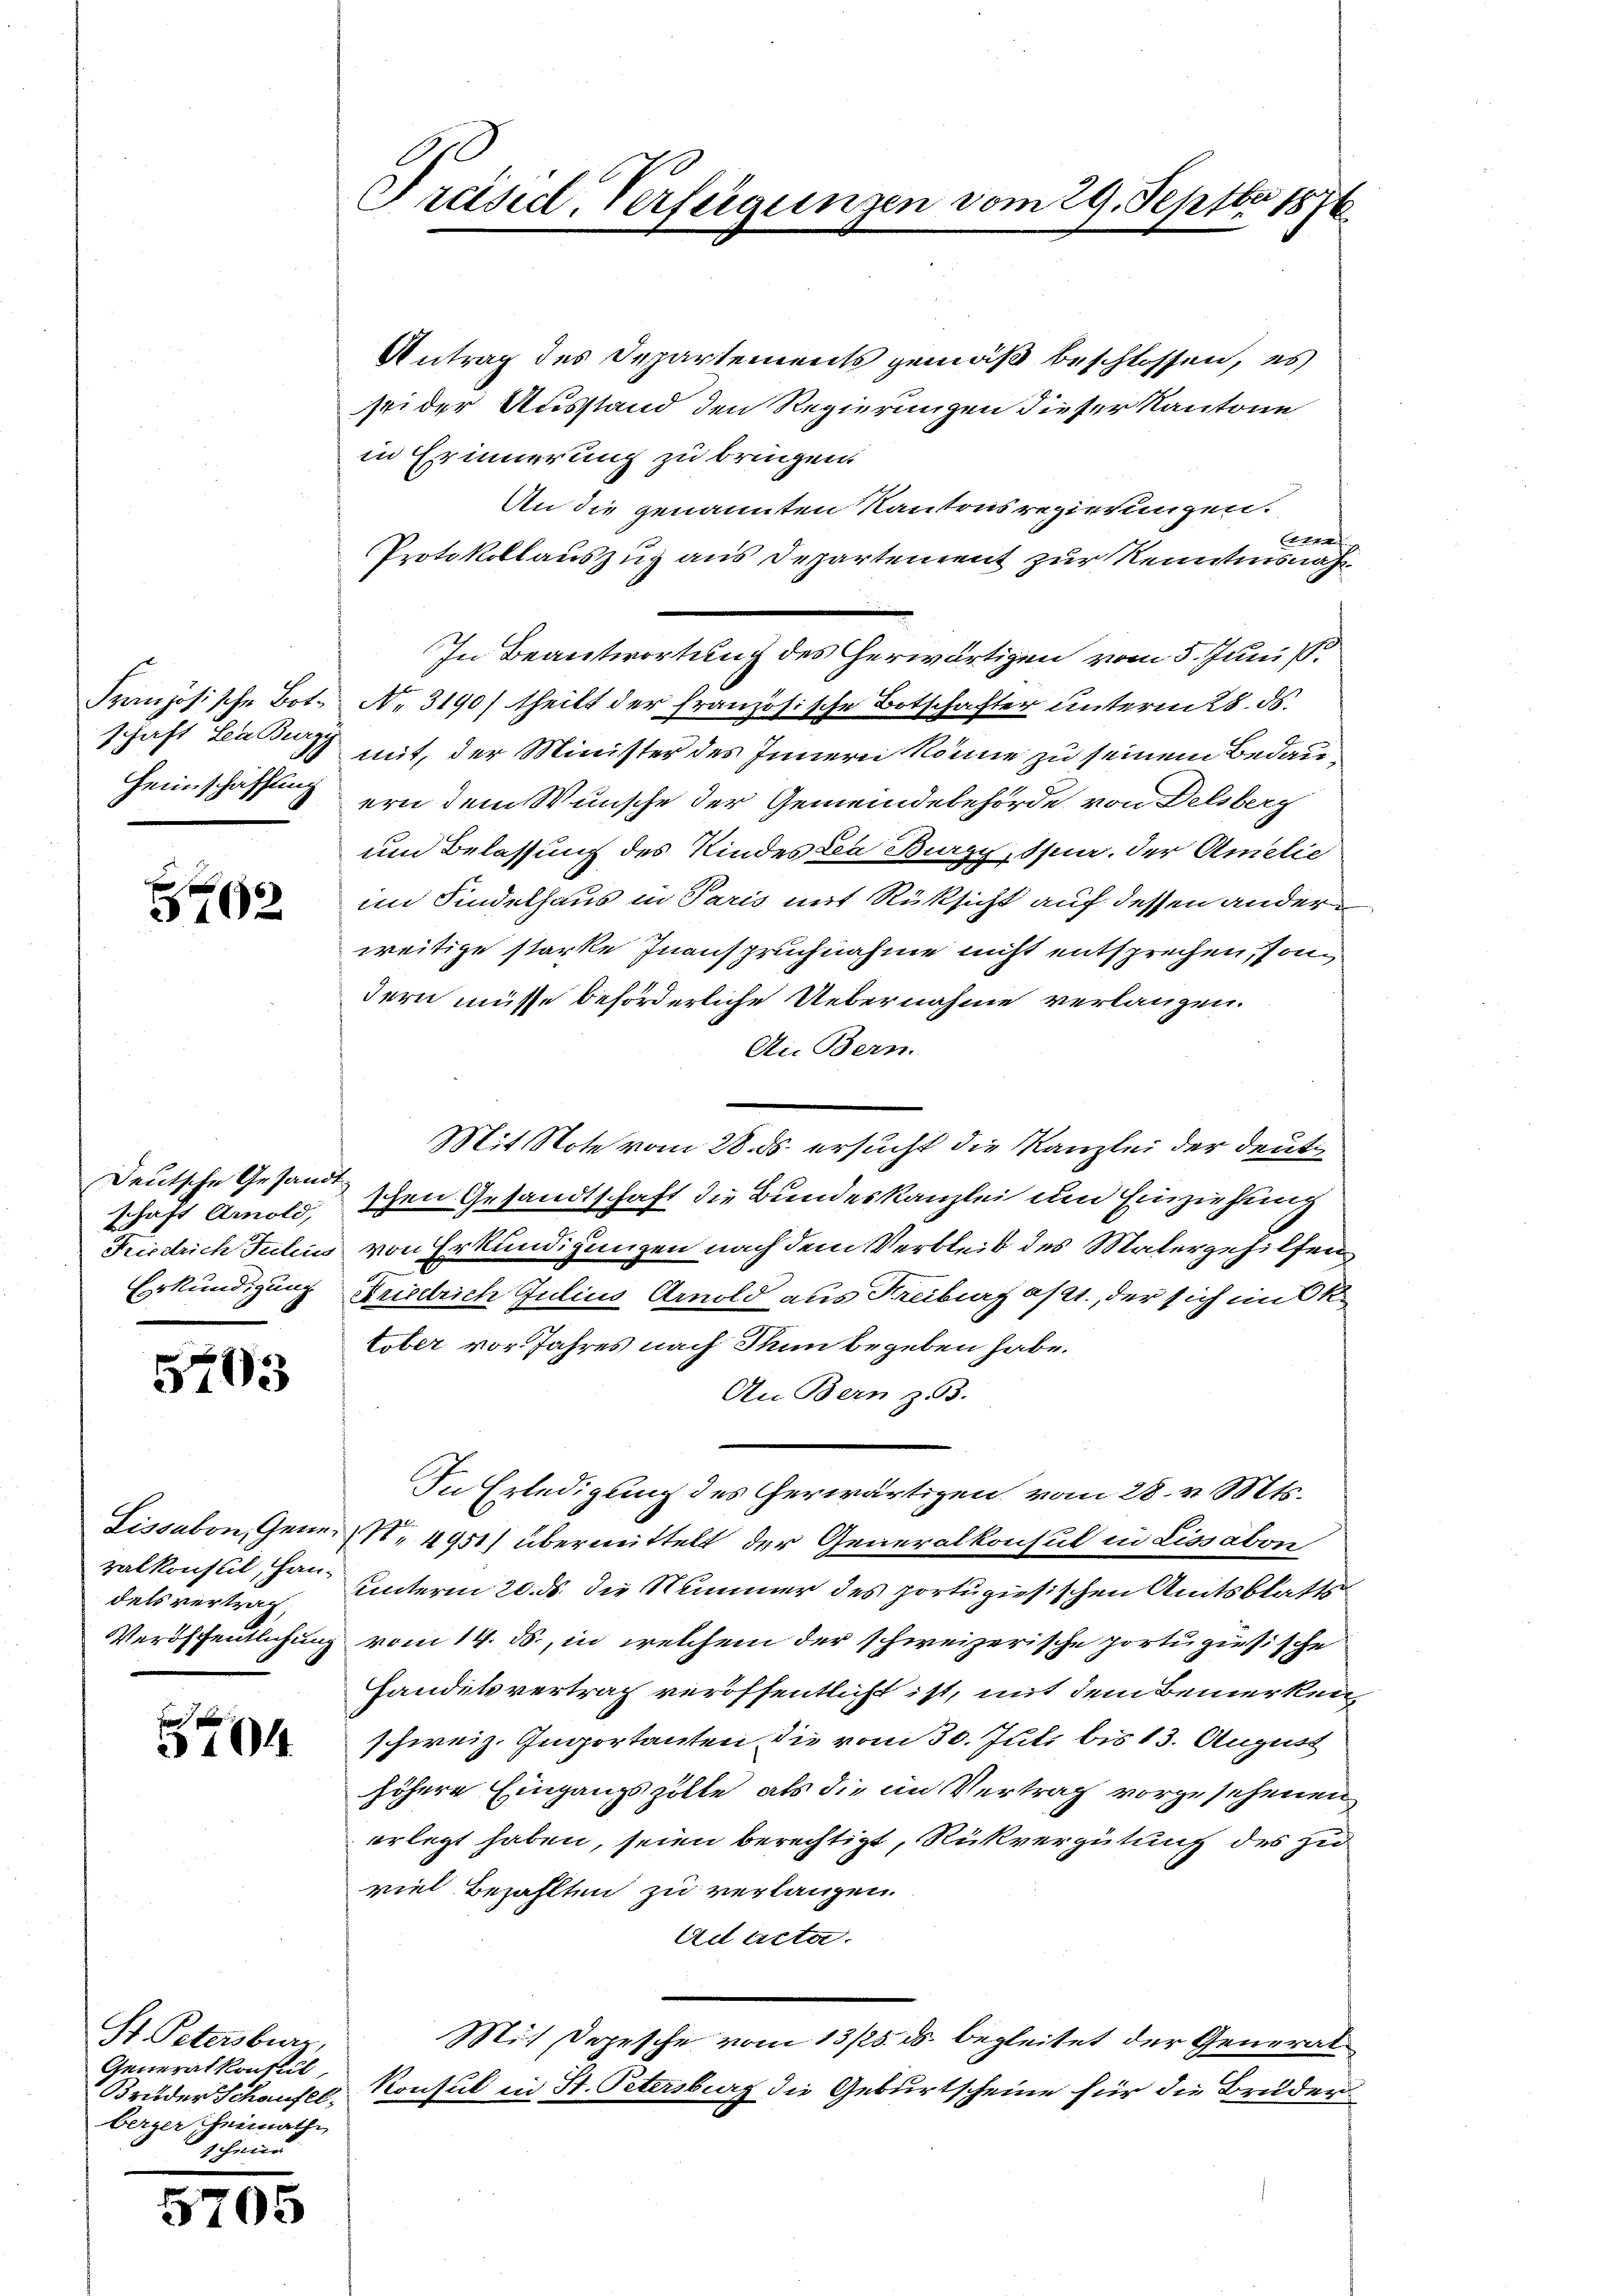
Französische Botschaft Lea Burzy
Heimschaffling

B762

Deutsche Gesandt
schaft Arnold,
Erkundigung

5703

Lissabon, Generalkonseil, Han-
dels vertrag,

f
.

St. Petersburg,
Generalkonsul
Bruder Schaufel,
berger heimathe
hei

5705

Preisidl, Verfügungen vom 29. Septbr 1876

Antrag des Departements gemäß beschlossen, es
seider Ausstand den Regierungen dieser Kantone
in Erinnerung zu bringen.
An die genannten Kautres regierungen.
Eder
Protokollauszug aus Departement zur Renntnisnah¬
In Beantwortung des herwärtigen vom 5. Juni s
No. 3190) theilt der französische Botschafter unterm 28. ds.
mit, der Minister des Innern könne zu seinem Bedauern dem Wunsche der Gemeindebehörde von Delsberg
um Belassung des Kindes Lea Burgy, Spur. der Amelie
im Findelhaus in Paris mit Rüksicht auf dessen ander
weitige starke Inanspruchnahme nicht entsprechen, sondern müsse beförderliche Uebernahme verlangen.
An Bern.
Mit Note vom 28. ds. ersucht die Kanzlei der deutig
schen Gesandtschaft die Bundeskanzlei um Einziehung
Friedrich Julius von Erkundigungen nach dem Verbleib des Malergehilfen
Friselrich Julius Arnold aus Freiburg asst, der sich im OR.
tober vor Jahres nach dann begeben habe.
An Bern z. 3.
In Erledigung des erwärtigen vom 28. v. Mts.
N. 4951) übermittelt der Generalkonsul in Lissabon
Unterm 20. ds. die Nummer des portugisischen Amtsblatts
Veröffentlichung vom 14. ds., in welchem der schweizerische portugisische
Handelsvertrag veröffentlicht ist, mit dem Bemerken,
schweiz. Ingortanten die vom 30. Jul. bis 13. August
höhere Eingangszölle, als die im Vertrag vorzusehenen
erlegt haben, seien berechtigt, Rückvergütung des zu
viel Bezahlten zu verlangen.
Ad acta.
Mit Depesche vom 13/25. ds. begleitet der General¬
Konsul in St. Petersburg die Geburtscheine für die Bruder